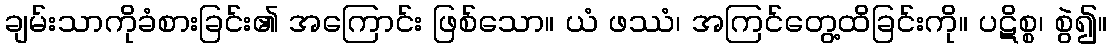
ချမ်းသာကိုခံစားခြင်း၏ အကြောင်း ဖြစ်သော။ ယံ ဖဿံ၊ အကြင်တွေ့ထိခြင်းကို။ ပဋိစ္စ၊ စွဲ၍။